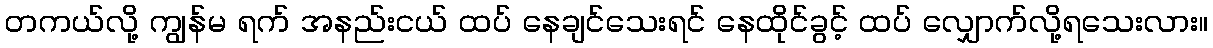
တကယ်လို့ ကျွန်မ ရက် အနည်းငယ် ထပ် နေချင်သေးရင် နေထိုင်ခွင့် ထပ် လျှောက်လို့ရသေးလား။